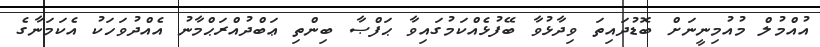
އުއްމުލް މުއުމިނީނަށް ބޮޑުދައިތަ ވިދާޅުވާ ބޭފުޅެއްކަމުގައިވާ ޙަފްޞާ ބިންތި ޢަބްދުއްރަޙްމާނު އެއްދުވަހަކު އެކަމަނާގެ